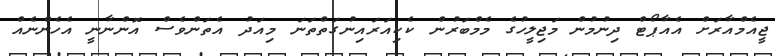
ޖީއެމްއާރަށް އެއާޕޯޓް ދިނުމުން މަޖިލީހުގެ މެމްބަރުން ކެކިއަރައިނުގަތްތަނަ މިއަދު އެތަންވެސް އޮންނާނީ އެހެންނެއް